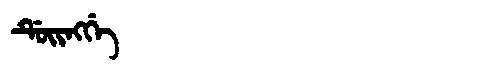
Manchu: ᡩᡠᡳᠩᡤᡝ
Romanization: DUINGGE